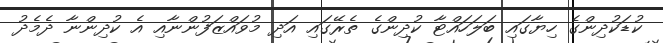
ކުޑަކުދިންގެ ހިޔާގައި ބަލަހައްޓާ ކުދިންގެ ތެރޭގައި އަދި މުވައްޒަފުންނާއި އެ ކުދިންނާ ދެމެދު